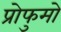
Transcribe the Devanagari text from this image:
प्रोफुमो